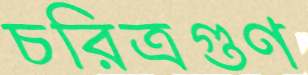
চরিত্রগুণ